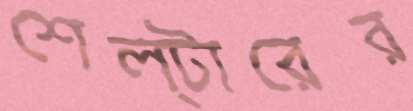
শেল্টারের